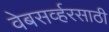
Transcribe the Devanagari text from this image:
वेबसर्व्हरसाठी